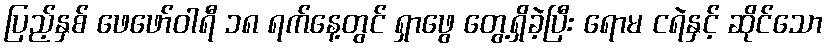
ပြည့်နှစ် ဖေဖော်ဝါရီ ၁၈ ရက်နေ့တွင် ရှာဖွေ တွေ့ရှိခဲ့ပြီး ရောမ ငရဲနှင့် ဆိုင်သော